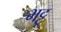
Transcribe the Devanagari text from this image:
भट्टू